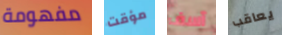
مفهومة مؤقت آسف يعاقب